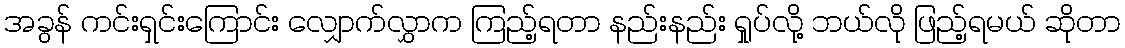
အခွန် ကင်းရှင်းကြောင်း လျှောက်လွှာက ကြည့်ရတာ နည်းနည်း ရှုပ်လို့ ဘယ်လို ဖြည့်ရမယ် ဆိုတာ